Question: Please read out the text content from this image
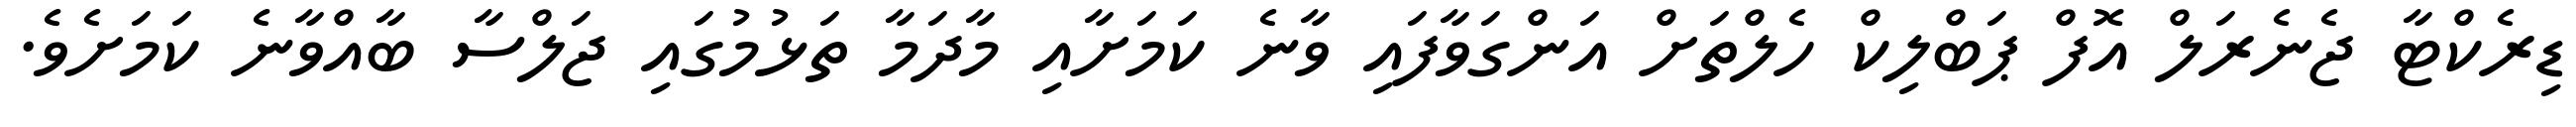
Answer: ޑިރެކްޓާ ޖެނެރަލް އޮފް ޕަބްލިކް ހެލްތަށް އަންގަވާފައި ވާނެ ކަމަށާއި މާދަމާ ތަޅުމުގައި ޖަލްސާ ބާއްވާނެ ކަމަށެވެ.